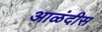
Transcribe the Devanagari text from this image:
आळंदीस